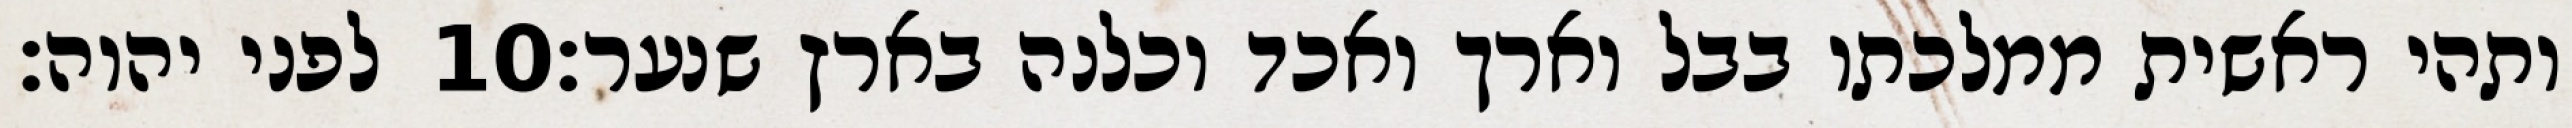
לפני יהוה׃ ‎10‏ ותהי ראשית ממלכתו בבל וארך ואכד וכלנה בארץ שנער׃